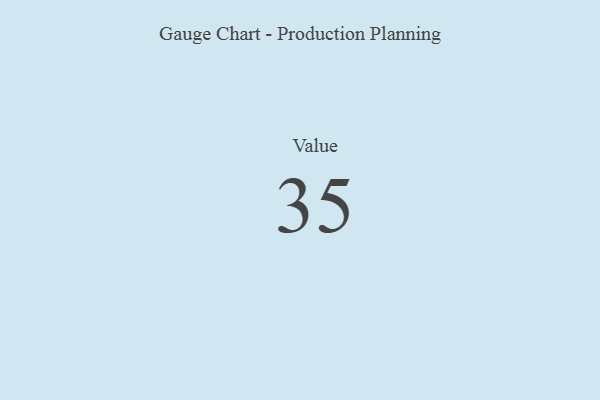
{"axis": {"x": "Metric", "y": "Value"}, "legend": [""], "data": [{"x": "Value", "y": 35, "type": ""}]}